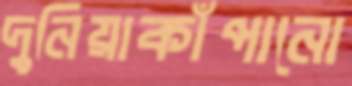
দুনিয়াকাঁপানো